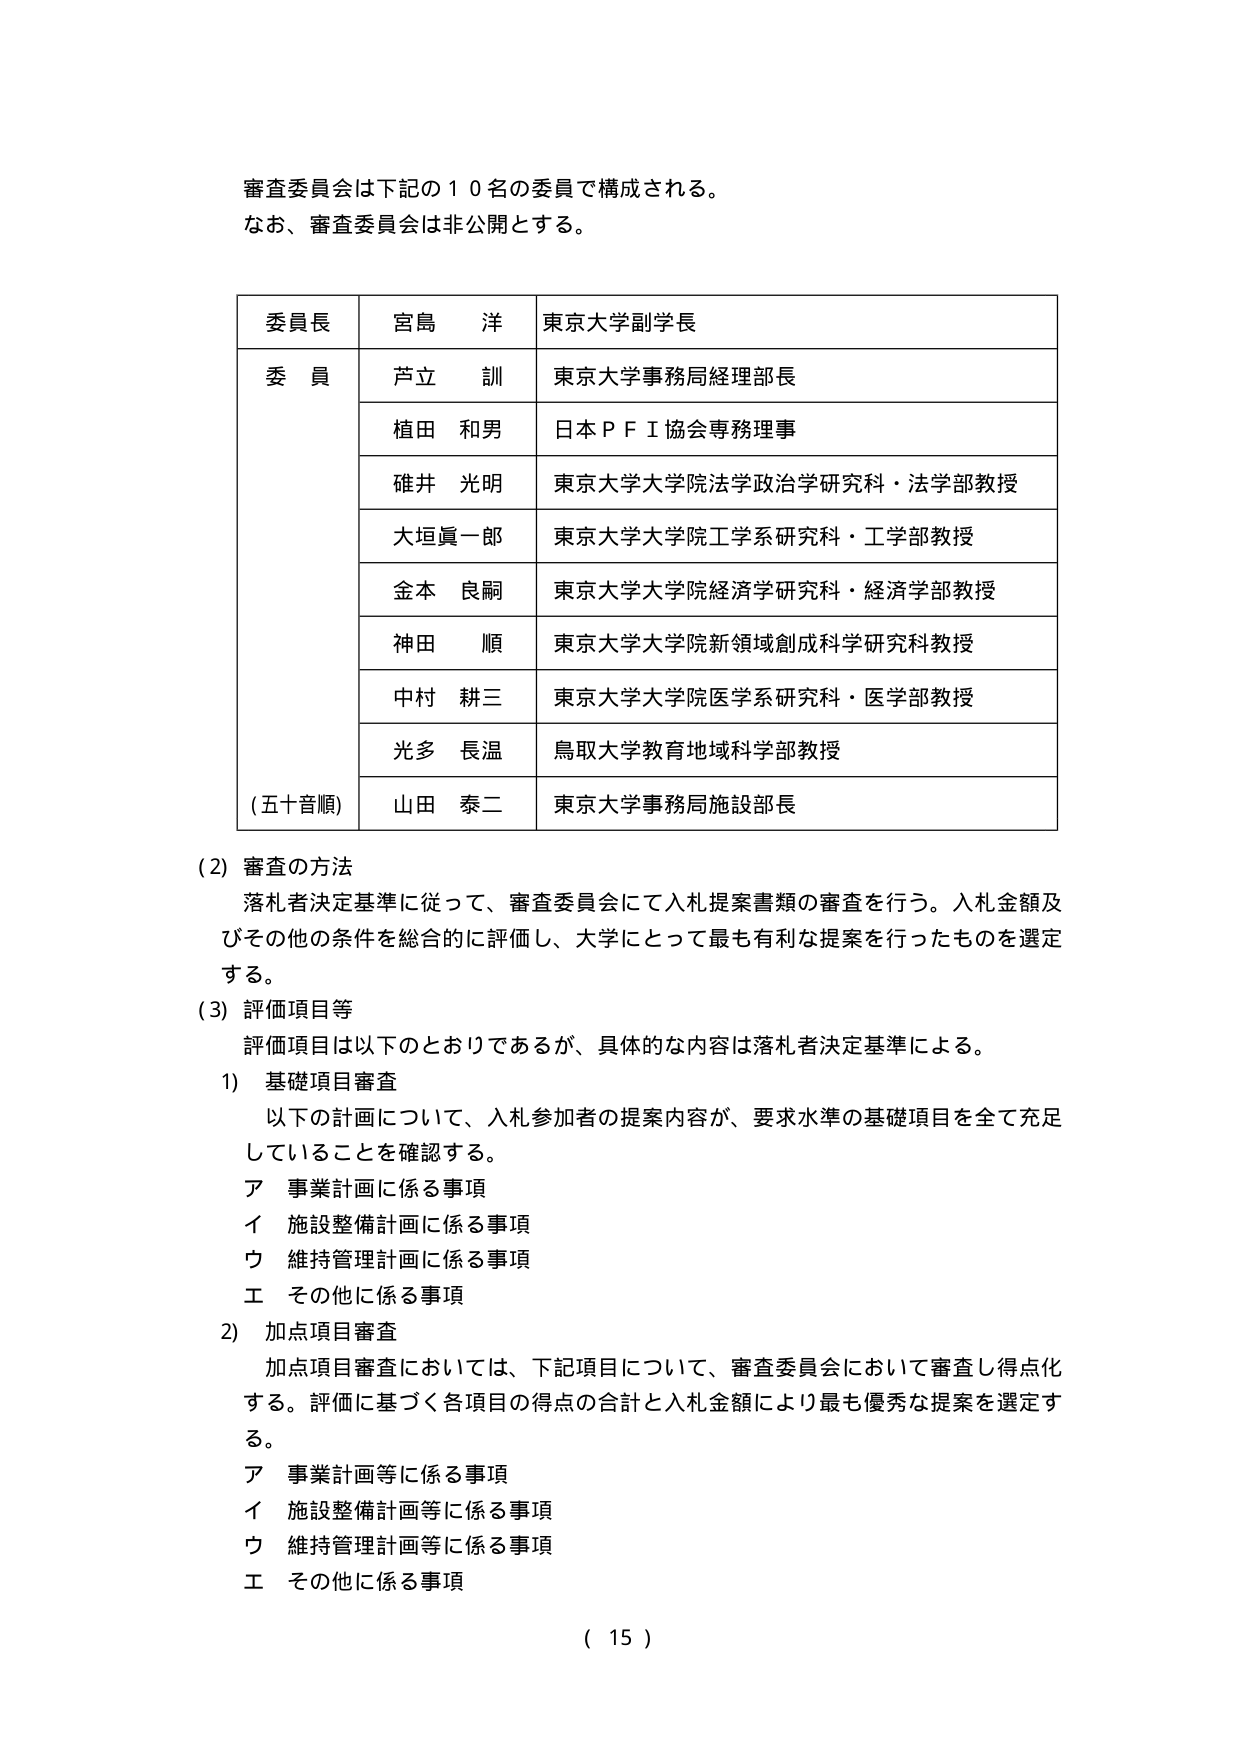
審査委員会は下記の１０名の委員で構成される。
なお、審査委員会は非公開とする。

| 委員長 | 宮島 洋 | 東京大学副学長 |
|--------|---------|----------------|
| 委員   | 芦立 訓 | 東京大学事務局経理部長 |
|        | 植田 和男 | 日本ＰＦＩ協会専務理事 |
|        | 碓井 光明 | 東京大学大学院法学政治学研究科・法学部教授 |
|        | 大垣眞一郎 | 東京大学大学院工学系研究科・工学部教授 |
|        | 金本 良嗣 | 東京大学大学院経済学研究科・経済学部教授 |
|        | 神田 順 | 東京大学大学院新領域創成科学研究科教授 |
|        | 中村 耕三 | 東京大学大学院医学系研究科・医学部教授 |
|        | 光多 長温 | 鳥取大学教育地域科学部教授 |
| (五十音順) | 山田 泰二 | 東京大学事務局施設部長 |

(2) 審査の方法
落札者決定基準に従って、審査委員会にて入札提案書類の審査を行う。入札金額及びその他の条件を総合的に評価し、大学にとって最も有利な提案を行ったものを選定する。

(3) 評価項目等
評価項目は以下のとおりであるが、具体的な内容は落札者決定基準による。

1) 基礎項目審査
以下の計画について、入札参加者の提案内容が、要求水準の基礎項目を全て充足していることを確認する。
ア 事業計画に係る事項
イ 施設整備計画に係る事項
ウ 維持管理計画に係る事項
エ その他に係る事項

2) 加点項目審査
加点項目審査においては、下記項目について、審査委員会において審査し得点化する。評価に基づく各項目の得点の合計と入札金額により最も優秀な提案を選定する。
ア 事業計画等に係る事項
イ 施設整備計画等に係る事項
ウ 維持管理計画等に係る事項
エ その他に係る事項

( 15 )